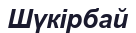
Шүкірбай